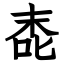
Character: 唜